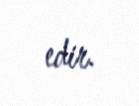
edir.